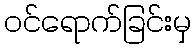
ဝင်ရောက်ခြင်းမှ